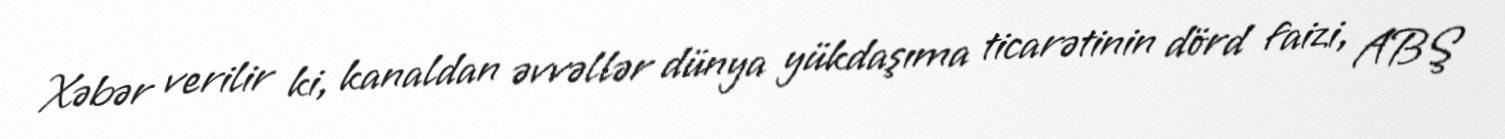
Xəbər verilir ki, kanaldan əvvəllər dünya yükdaşıma ticarətinin dörd faizi, ABŞ